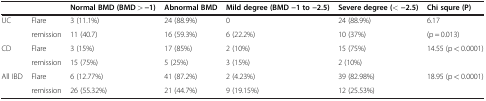
<table><thead><tr><td><b> </b></td><td><b> </b></td><td><b>Normal BMD (BMD &gt; −1)</b></td><td><b>Abnormal BMD</b></td><td><b>Mild degree (BMD −1 to −2.5)</b></td><td><b>Severe degree (&lt; −2.5)</b></td><td><b>Chi squre (P)</b></td></tr></thead><tbody><tr><td>UC</td><td>Flare</td><td>3 (11.1%)</td><td>24 (88.9%)</td><td>0</td><td>24 (88.9%)</td><td>6.17</td></tr><tr><td> </td><td>remission</td><td>11 (40.7)</td><td>16 (59.3%)</td><td>6 (22.2%)</td><td>10 (37%)</td><td>(p = 0.013)</td></tr><tr><td rowspan="2">CD</td><td>Flare</td><td>3 (15%)</td><td>17 (85%)</td><td>2 (10%)</td><td>15 (75%)</td><td rowspan="2">14.55 (p &lt; 0.0001)</td></tr><tr><td>remission</td><td>15 (75%)</td><td>5 (25%)</td><td>3 (15%)</td><td>2 (10%)</td></tr><tr><td>All IBD</td><td>Flare</td><td>6 (12.77%)</td><td>41 (87.2%)</td><td>2 (4.23%)</td><td>39 (82.98%)</td><td>18.95 (p &lt; 0.0001)</td></tr><tr><td> </td><td>remission</td><td>26 (55.32%)</td><td>21 (44.7%)</td><td>9 (19.15%)</td><td>12 (25.53%)</td><td> </td></tr></tbody></table>